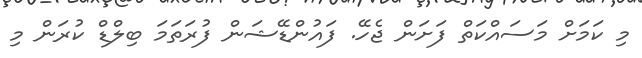
މި ކަމަށް މަސައްކަތް ފަށަން ޖެހޭ. ފައުންޑޭޝަން ފުރަތަމަ ބިލްޑް ކުރަން މި